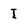
Character: I